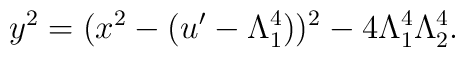
y^2=(x^2-(u'-\Lambda_1^4))^2-4 \Lambda_1^4 \Lambda_2^4.